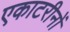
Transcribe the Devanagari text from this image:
एकाटरीनों